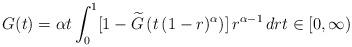
LaTeX: \begin{align*}G(t)=\alpha t\int_{0}^{1}[1-\widetilde{G}\left( t\,(1-r)^{\alpha}\right)]\,r^{\alpha-1}\,drt\in\lbrack0,\infty)\end{align*}